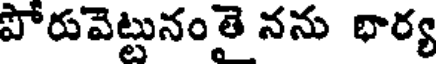
పోరువెట్టునంతై నను భార్య